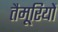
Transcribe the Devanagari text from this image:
तैमूरियों